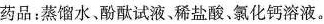
药品：蒸馏水、酚酞试液、稀盐酸、氯化钙溶液。